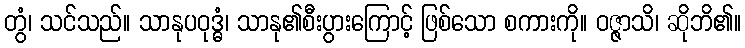
တွံ၊ သင်သည်။ သာနုပဝုဒ္ဓံ၊ သာနု၏စီးပွားကြောင့် ဖြစ်သော စကားကို။ ဝဇ္ဇာသိ၊ ဆိုဘိ၏။